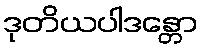
ဒုတိယပါဒန္တော